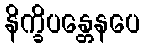
နိက္ခိပန္တေနပေ